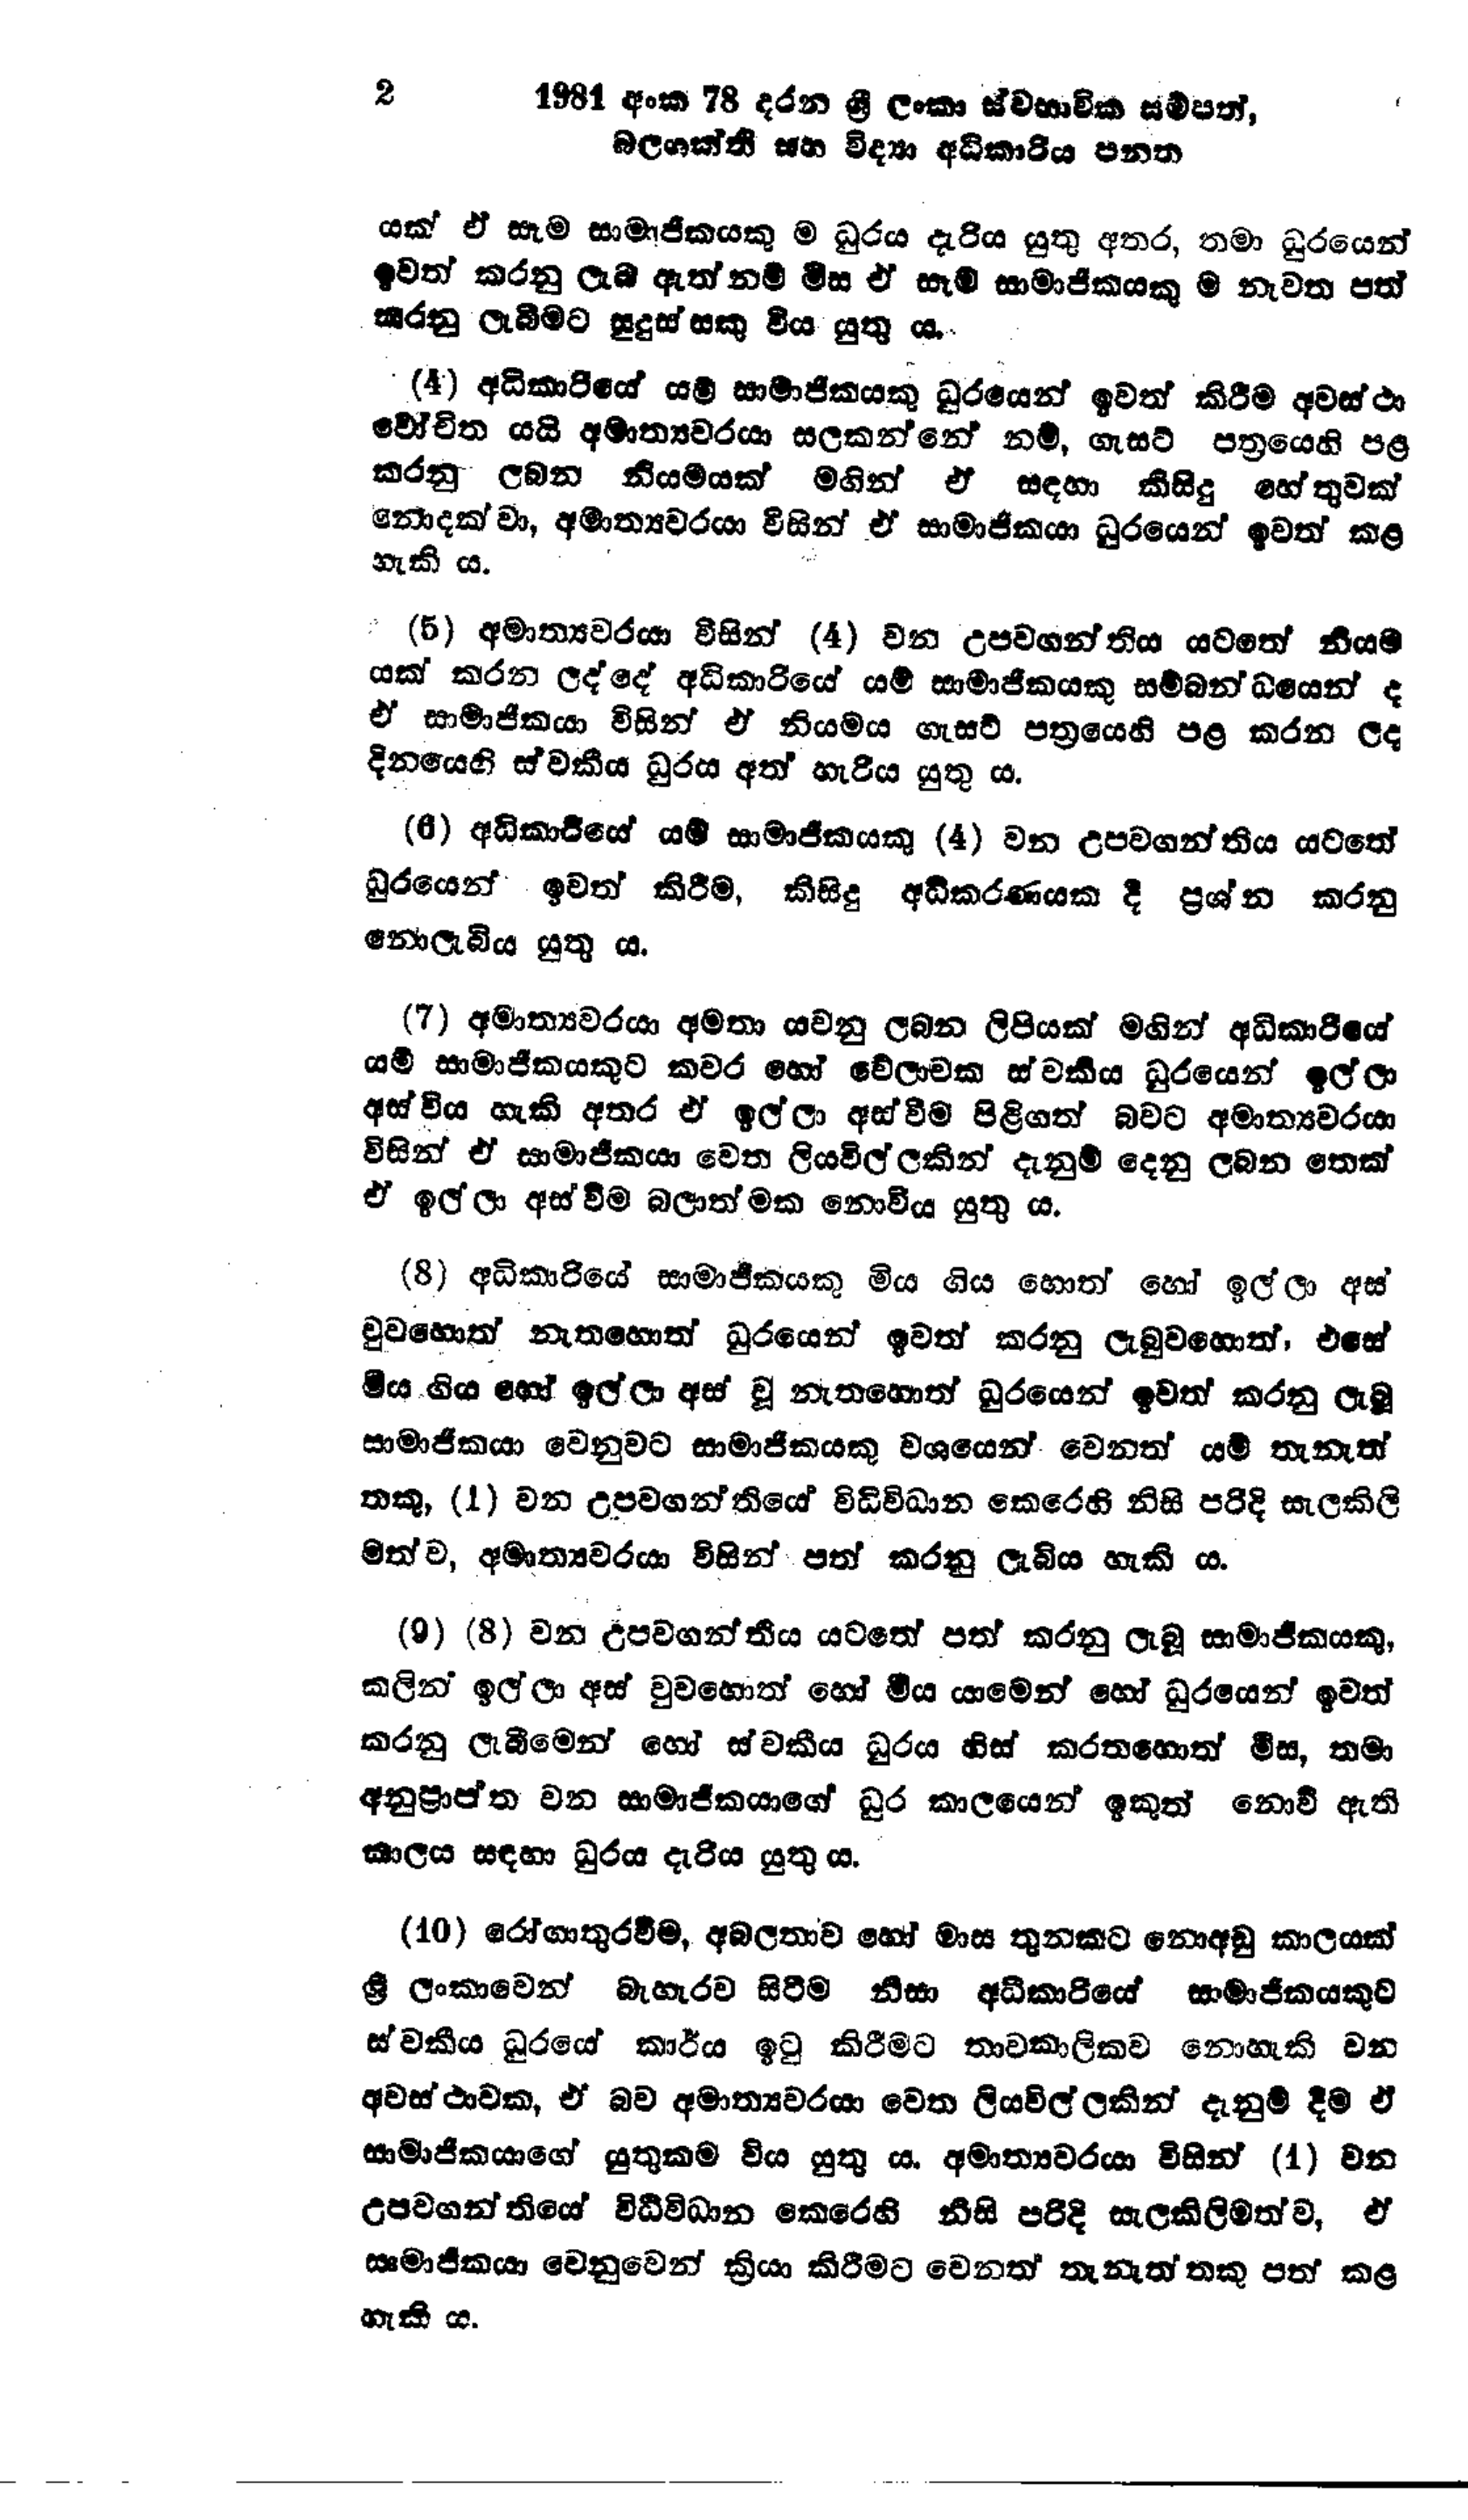
2 1981 අංක 78 දරන ශ්‍රී ලංකා ස්වභාවික සම්පත්,
බලශක්ති සහ විද්‍යා අධිකාරිය පනත

යක් ඒ සෑම සාමාජිකයකු ම ධුරය දැරිය යුතු අතර, තමා ධුරයෙන්
ඉවත් කරනු ලැබ ඇත්නම් මිස ඒ සෑම සාමාජිකයකු‍ නැවත පත්
කරනු ලැබීමට සුදුස්සකු විය යුතු ය.

(4) අධිකාරියේ යම් සාමාජිකයකු ධුරයෙන් ඉවත් කිරීම අවස්ථා
වෝචිත යයි අමාත්‍යවරයා සලකන්නේ නම්, ගැසට් පත්‍රයෙහි පළ
කරනු ලබන නියමයක් මගින් ඒ සඳහා කිසිදු හේතුවක්
නොදක්වා, අමාත්‍යවරයා විසින් ඒ සාමාජිකයා ධුරයෙන් ඉවත් කළ
හැකි ය.

(5) අමාත්‍යවරයා විසින් (4) වන උපවගන්තිය යටතේ නියම
යක් කරන ලද්දේ අධිකාරියේ යම් සාමාජිකයෙකු සම්බන්ධයෙන් ද
ඒ සාමාජිකයා විසින් ඒ නියමය ගැසට් පත්‍රයෙහි පළ කරන ලද
දිනයෙහි ස්වකීය ධුරය අත් හැරිය යුතු ය.

(6) අධිකාරියේ යම් සාමාජිකයකු (4) වන උපවගන්තිය යටතේ
ධුරයෙන් ඉවත් කිරීම, කිසිදු අධිකරණයක දී ප්‍රශ්න කරනු
නොලැබිය යුතු ය.

(7) අමාත්‍යවරයා අමතා යවනු ලබන ලිපියක් මගින් අධිකාරියේ
යම් සාමාජිකයකුට කවර හෝ වේලාවක ස්වකීය ධූරයෙන් ඉල්ලා
අස්විය හැකි අතර ඒ ඉල්ලා අස්වීම පිළිගත් බවට අමාත්‍යවරයා
විසින් ඒ සාමාජිකයා වෙත ලියවිල්ලකින් දැනුම් දෙනු ලබන තෙක්
ඒ ඉල්ලා අස්වීම බලාත්මක නොවිය යුතු ය.

(8) අධිකාරියේ සාමාජිකයකු මිය ගිය හොත් හෝ ඉල්ලා අස්
වුවහොත් නැතහොත් ධුරයෙන් ඉවත් කරනු ලැබුවහොත්, එසේ
මිය ගිය හෝ ඉල්ලා අස් වූ නැතහොත් ධුරයෙන් ඉවත් කරනු ලැබූ
සාමාජිකයා වෙනුවට සාමාජිකයෙකු වශයෙන් වෙනත් යම් තැනැත්
තකු, (1) වන උපවගන්තියේ විධිවිධාන කෙරෙහි නිසි පරිදි සැලකිලි
මත්ව, අමාත්‍යවරයා විසින් පත් කරනු ලැබිය හැකි ය.

(9) (8) වන උපවගන්තිය යටතේ පත් කරනු ලැබූ සාමාජිකයකු,
කලින් ඉල්ලා අස් වුවහොත් හෝ මිය යාමෙන් හෝ ධුරයෙන් ඉවත්
කරනු ලැබීමෙන් හෝ ස්වකීය ධුරය හිස් කරතහොත් මිස, තමා
අනුප්‍රාප්ත වන සාමාජිකයාගේ ධුර කාලයෙන් ඉකුත් නොවී ඇති
කාලය සඳහා ධුරය දැරිය යුතු ය.

(10) රෝගාතුරවීම, අබලතාව හෝ මාස තුනකට නොඅඩු කාලයක්
ශ්‍රී ලංකාවෙන් බැහැරව සිටීම නිසා අධිකාරියේ සාමාජිකයකුට
ස්වකීය ධුරයේ කාර්ය ඉටු කිරීමට තාවකාලිකව නොහැකි වන
අවස්ථාවක, ඒ බව අමාත්‍යවරයා වෙත ලියවිල්ලකින් දැනුම් දීම ඒ
සාමාජිකයාගේ යුතුකම විය යුතු ය. අමාත්‍යවරයා විසින් (1) වන
උපවගන්තියේ විධිවිධාන කෙරෙහි නිසි පරිදි සැලකිලිමත්ව, ඒ
සාමාජිකයා වෙනුවෙන් ක්‍රියා කිරීමට වෙනත් තැනැත්තකු පත් කළ
හැකි ය.